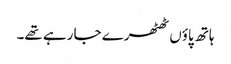
ہاتھ پاؤں ٹھٹھرے جا رہے تھے۔